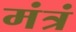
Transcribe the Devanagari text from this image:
मंत्रं